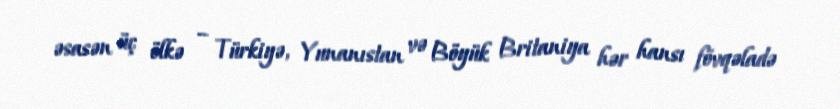
əsasən üç ölkə – Türkiyə, Yunanıstan və Böyük Britaniya hər hansı fövqəladə